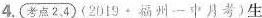
4.(考点2、4)(2019·州一中月考)生